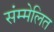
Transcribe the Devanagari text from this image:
संम्मेलित